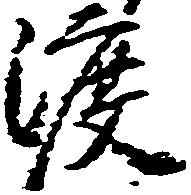
渡